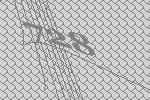
728